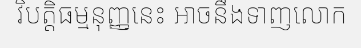
វិបត្តិធម្មនុញ្ញនេះ អាចនឹងទាញលោក